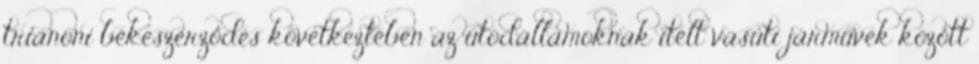
trianoni békeszerződés következtében az utódállamoknak ítélt vasúti járművek között